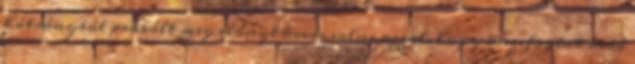
hátrányból próbált meg előnyt kovácsolni azzal, hogy összefogtak több